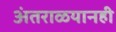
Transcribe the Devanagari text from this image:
अंतराळयानही